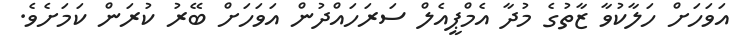
އަވަހަށް ހަލާކުވާ ޒާތުގެ މުދާ އެމްޕީއެލް ސަރަހައްދުން އަވަހަށް ބޭރު ކުރަން ކަމަށެވެ.